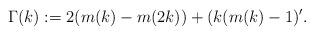
LaTeX: \begin{align*}\Gamma(k):=2(m(k)-m(2k))+(k(m(k)-1)'.\end{align*}